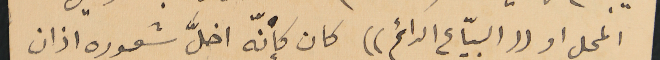
المحل او ((البيّاع الدائم)) كان كإنّه اخلَّ شعوره اذان